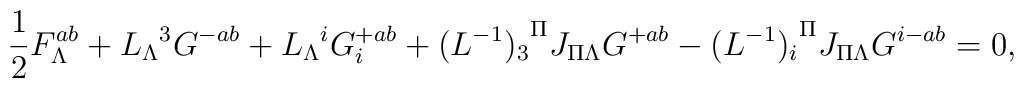
{1\over 2}F^{ab}_\Lambda+{L_\Lambda}^3 G^{-ab}+{L_\Lambda}^i G_i^{+ab}+{(L^{-1})_3}^\Pi J_{\Pi\Lambda}G^{+ab}-{(L^{-1})_i}^\Pi J_{\Pi\Lambda}G^{i-ab}=0,